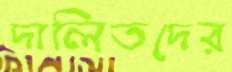
দালিতদের